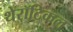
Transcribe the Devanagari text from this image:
थेरॉटिकल